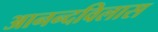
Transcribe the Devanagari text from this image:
आनन्दविलास